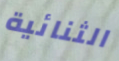
الثنائية